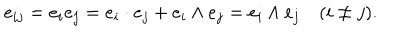
LaTeX: e _ { i j } = e _ { i } e _ { j } = e _ { i } \cdot e _ { j } + e _ { i } \wedge e _ { j } = e _ { i } \wedge e _ { j } \, \, \, \, \, \, ( i \neq j ) .